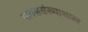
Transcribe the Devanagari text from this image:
मानससंख्याशास्त्र